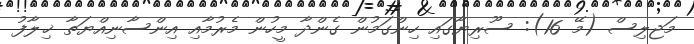
މަޖލިސް (މޭ 16): ސޫރިޔާގައި ހިންގަމުން ގެންދާ މީހުން މެރުމާއި އިންސާނިއްޔަތާ ޚިލާފު